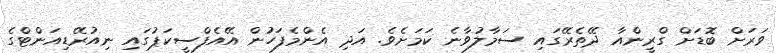
ވަރަށް ބޮޑަށް ގްރީންއާ ދޭތެރޭގައި ސަމާލުވާނެ ކަމަށެވެ. އަދި އެންމެފަހުން އޭއެފްސީކަޕުގައި ނިއުރޭޑިއަންޓްގެ